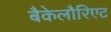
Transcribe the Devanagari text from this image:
बैकेलौरिएट